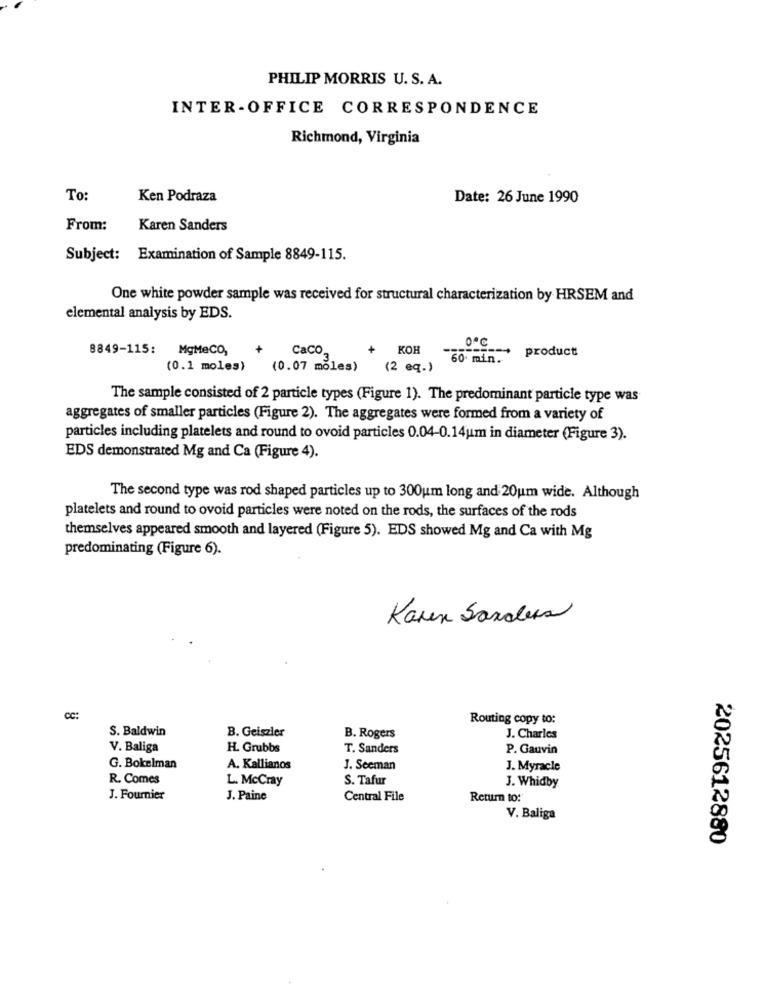
PHILIP MORRIS U. S. A.
INTER-OFFICE CORRESPONDENCE
Richmond, Virginia
To:
Ken Podraza
Date: 26 June 1990
From:
Karen Sanders
Subject: Examination of Sample 8849-115.
One white powder sample was received for structural characterization by HRSEM and
elemental analysis by EDS.
8849-115:
MgMeCO,
+
Caco
KOH
3,
60 min.
--- + product
(0.1 moles)
(0.07 moles)
(2 eq.)
The sample consisted of 2 particle types (Figure 1). The predominant particle type was
aggregates of smaller particles (Figure 2). The aggregates were formed from a variety of
particles including platelets and round to ovoid particles 0.04-0.14um in diameter (Figure 3).
EDS demonstrated Mg and Ca (Figure 4).
The second type was rod shaped particles up to 300um long and 20um wide. Although
platelets and round to ovoid particles were noted on the rods, the surfaces of the rods
themselves appeared smooth and layered (Figure 5). EDS showed Mg and Ca with Mg
predominating (Figure 6).
Karen Sanders
CC:
Routing copy to:
S. Baldwin
B. Geiszier
B. Rogers
J. Charles
V. Baliga
H. Grubbs
T. Sanders
P. Gauvin
G. Bokelman
A. Kallianos
J. Seeman
J. Myracle
R. Comes
L. McCray
S. Tafur
J. Whidby
J. Fournier
J. Paine
Central File
Return to:
V. Baliga
2025612880